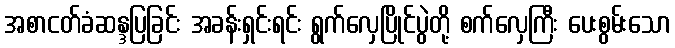
အစာငတ်ခံဆန္ဒပြခြင်း အခန်းရှင်းရင်း ရွက်လှေပြိုင်ပွဲတို့ စက်လှေကြီး ပေးစွမ်းသော